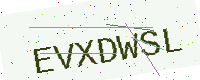
Text: EVXDWSL